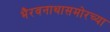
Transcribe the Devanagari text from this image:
भैरवनाथासमोरच्या